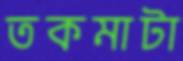
তকমাটা